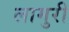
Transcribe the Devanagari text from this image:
लामुरी